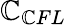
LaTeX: {{\mathbb{C}}_{\mathbb{C}FL}}